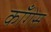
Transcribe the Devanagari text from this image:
काँगेस